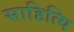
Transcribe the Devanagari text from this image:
साहित्यि